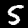
Digit: 5